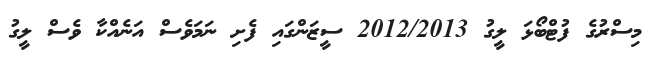
މިސްރުގެ ފުޓްބޯޅަ ލީގު 2012/2013 ސީޒަންގައި ފެށި ނަމަވެސް އަނެއްކާ ވެސް ލީގު